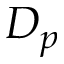
D _ { p }